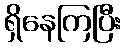
ရှိနေကြပြီး